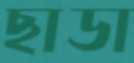
ছাডা